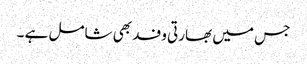
جس میں بھارتی وفد بھی شامل ہے ۔